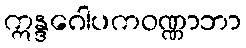
ဣန္ဒဂေါပကဝဏ္ဏာဘာ